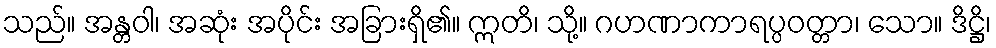
သည်။ အန္တဝါ၊ အဆုံး အပိုင်း အခြားရှိ၏။ ဣတိ၊ သို့။ ဂဟဏာကာရပ္ပဝတ္တာ၊ သော။ ဒိဋ္ဌိ၊